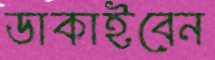
ডাকাইবেন